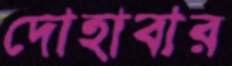
দোহাবার